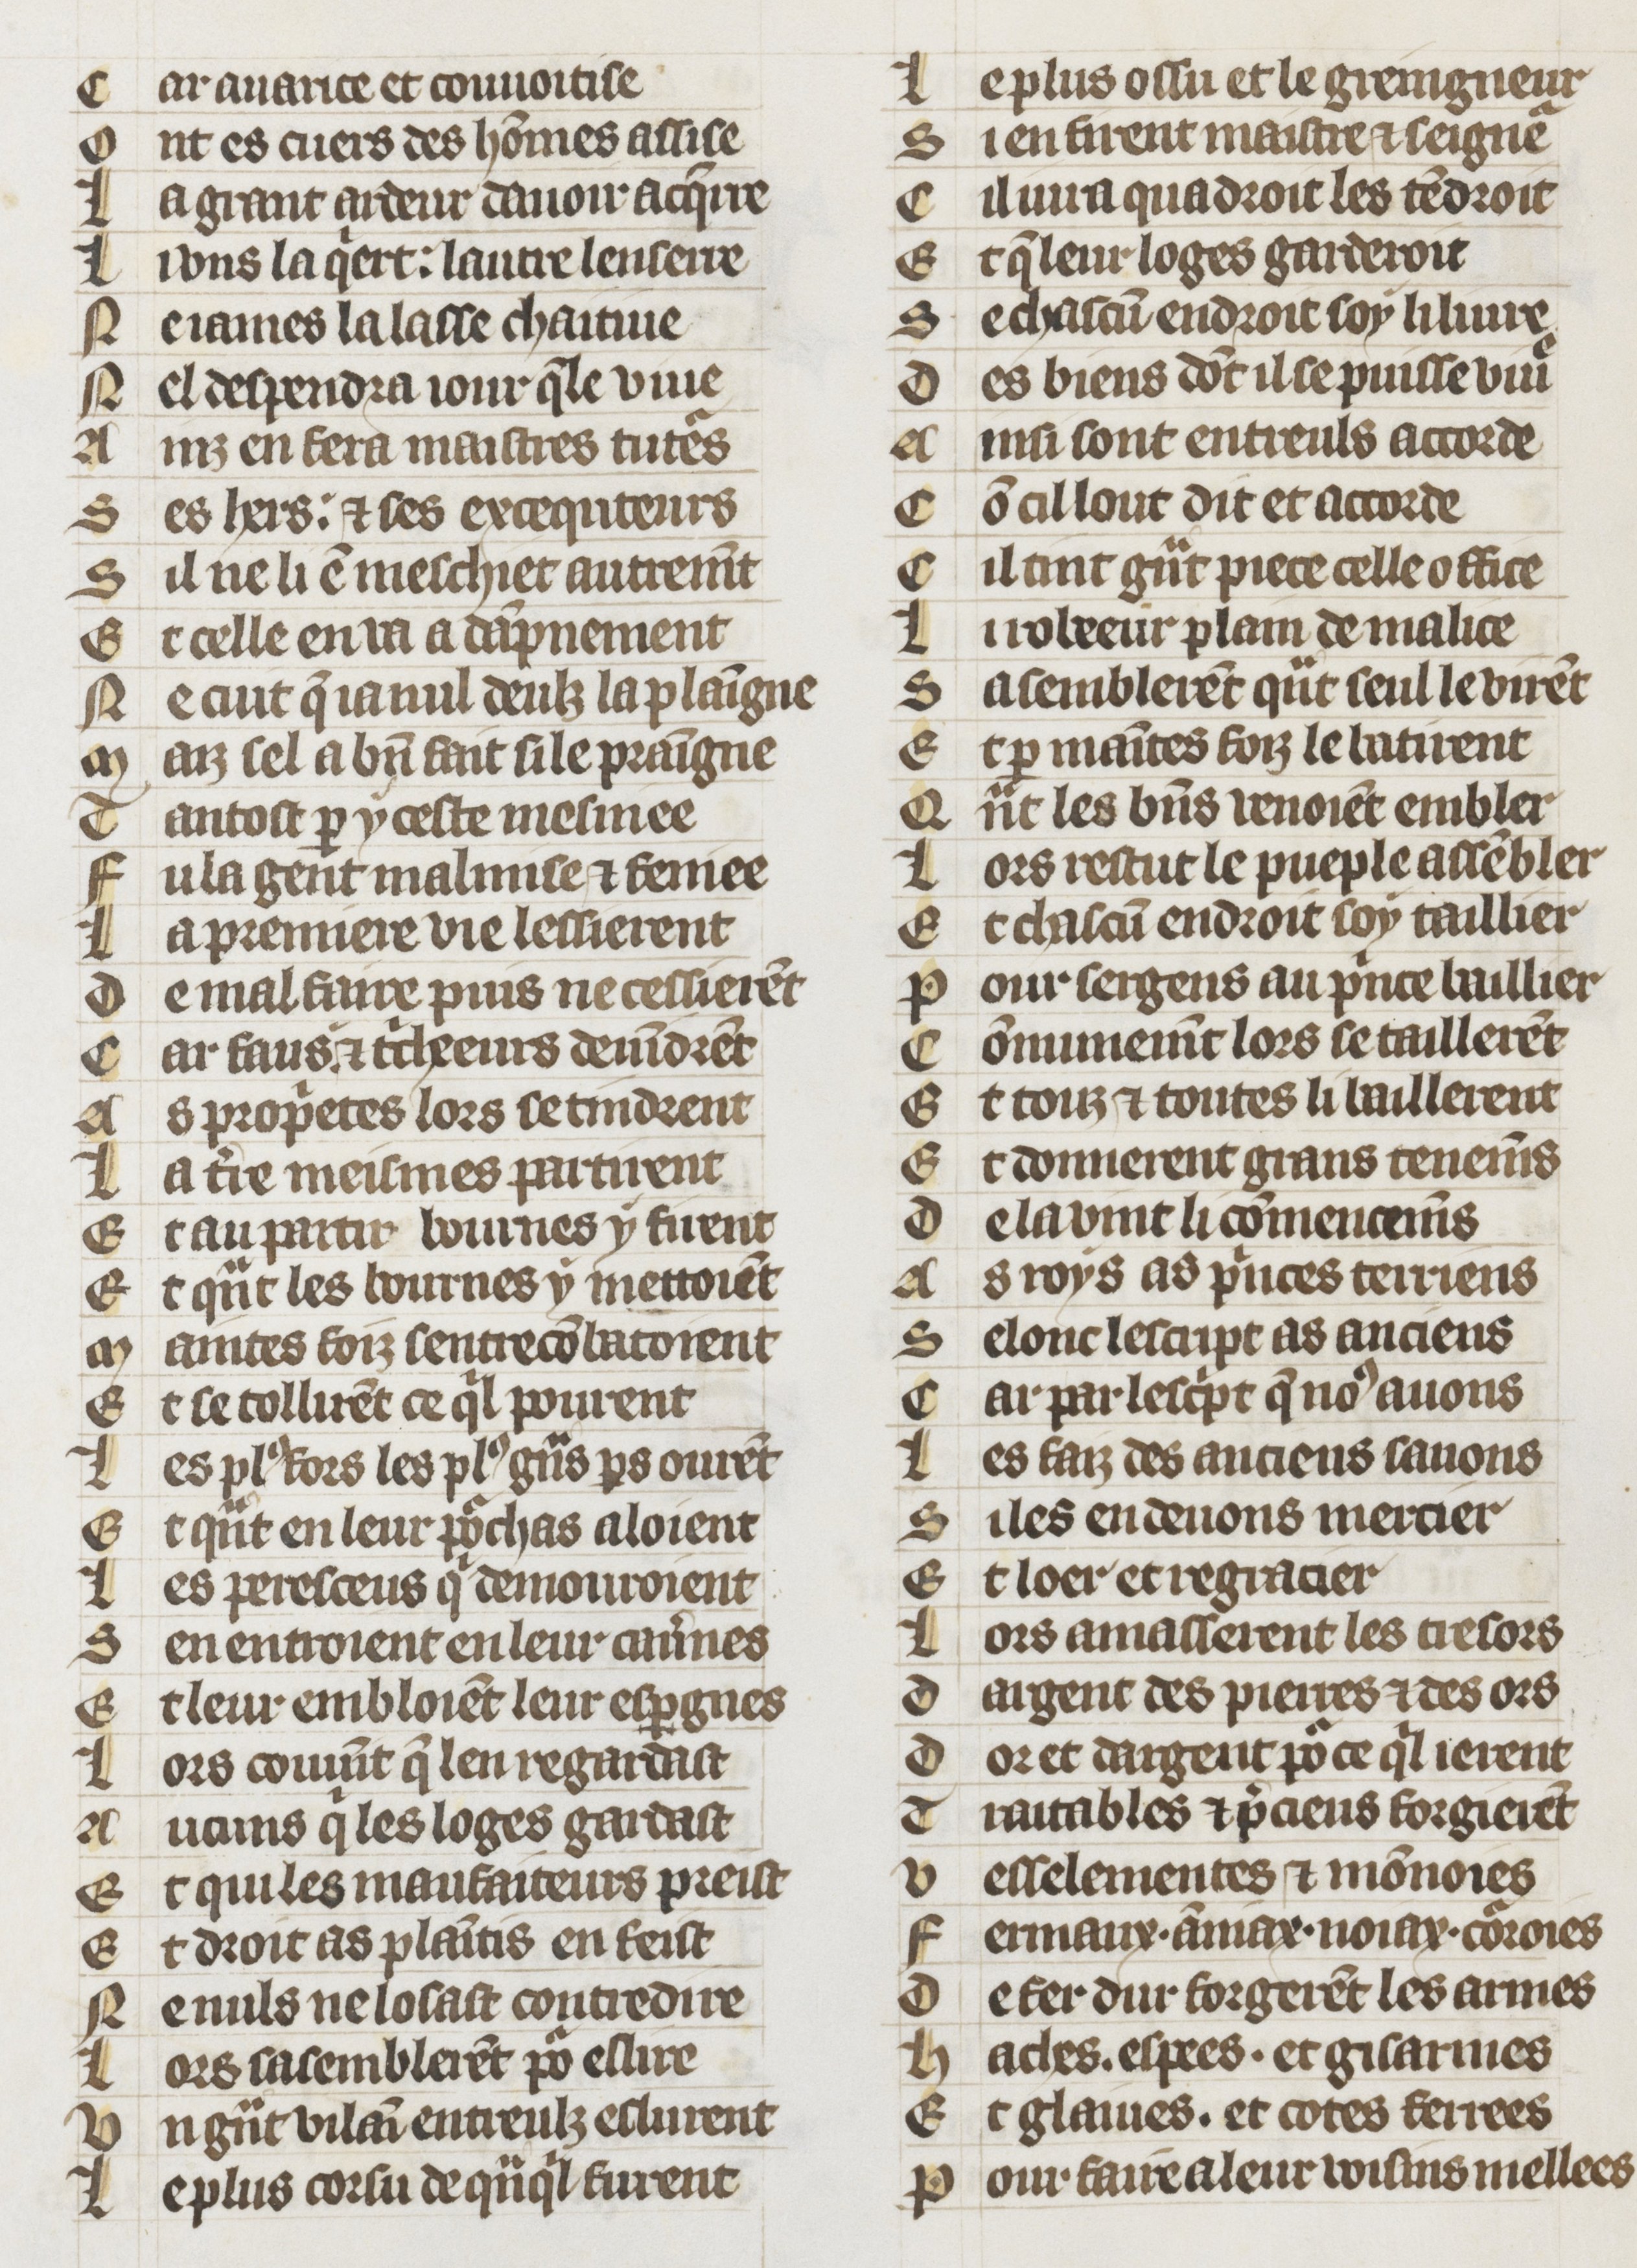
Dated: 1353–1353